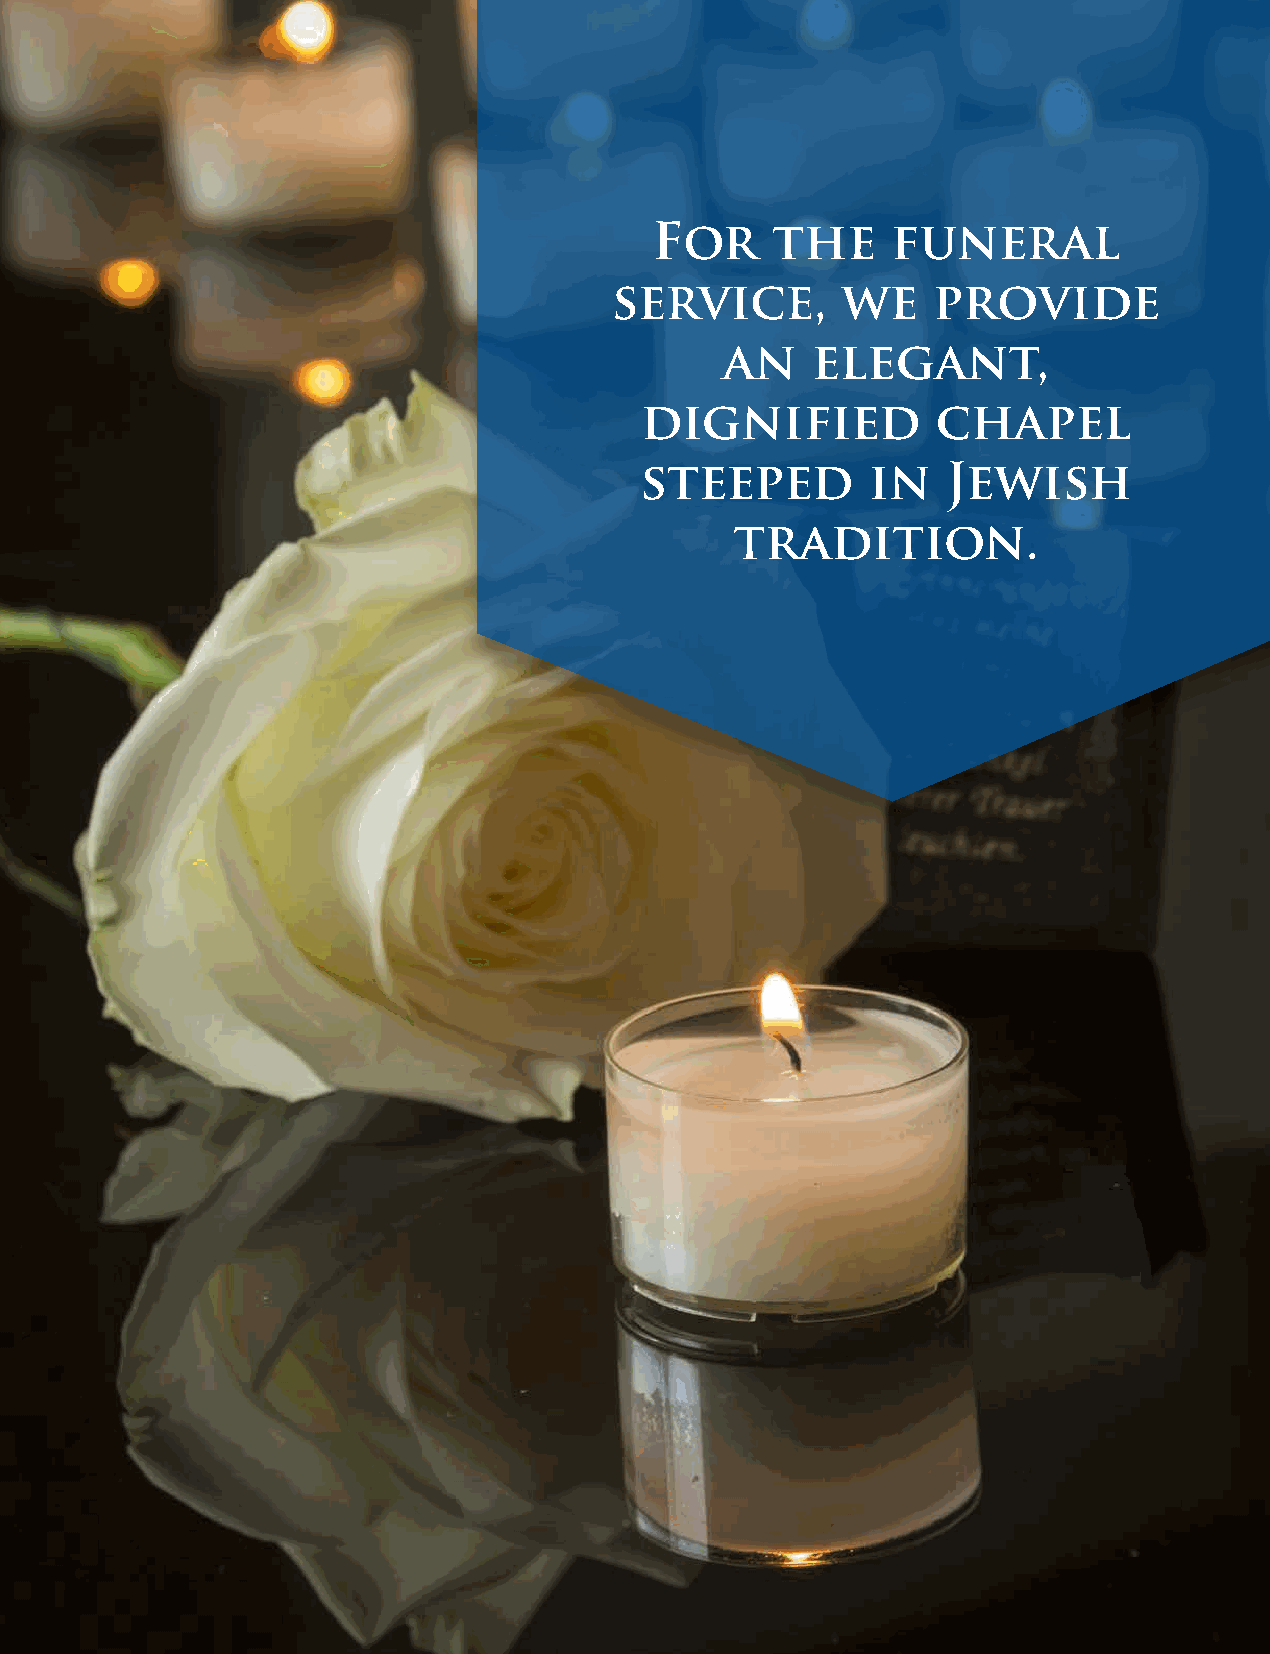
For     the     funeral
 service,        we    provide
 an    elegant,
 dignified           chapel
 steeped        in    Jewish
 tradition.
 15